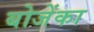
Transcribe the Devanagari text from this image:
बोजेंका